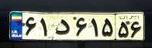
۶۱د۶۱۵۵۶